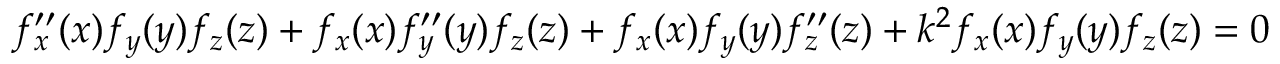
f _ { x } ^ { \prime \prime } ( x ) f _ { y } ( y ) f _ { z } ( z ) + f _ { x } ( x ) f _ { y } ^ { \prime \prime } ( y ) f _ { z } ( z ) + f _ { x } ( x ) f _ { y } ( y ) f _ { z } ^ { \prime \prime } ( z ) + k ^ { 2 } f _ { x } ( x ) f _ { y } ( y ) f _ { z } ( z ) = 0